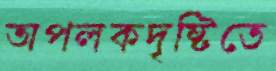
অপলকদৃষ্টিতে